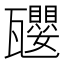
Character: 𪼿